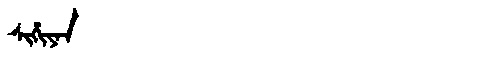
Manchu: ᠰᡳᡥᡳᠶᠠᠨ
Romanization: SIHIYAN